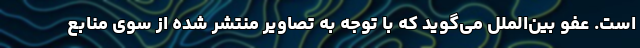
است. عفو بین‌الملل می‌گوید که با توجه به تصاویر منتشر شده از سوی منابع